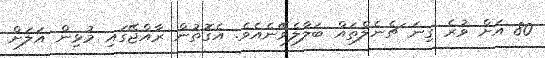
80 އަށް ވުރެ ގިނަ ޗެނެލްތައް ބަލާލެވޭނެއެވެ. އެގޮތުން ރާއްޖޭގައި މުޅިން އަލަށް